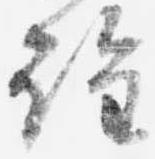
詮